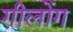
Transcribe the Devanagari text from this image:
गीलोंग